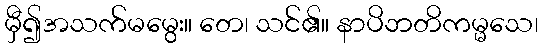
မှီ၍အသက်မမွေး။ တေ၊ သင်၏။ နာပိဘတိကမ္မသေ၊